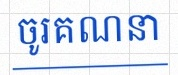
ចូរគណនា